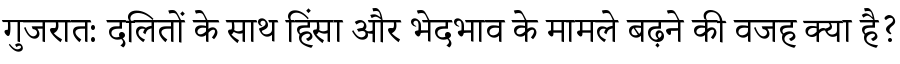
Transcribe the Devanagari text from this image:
गुजरात: दलितों के साथ हिंसा और भेदभाव के मामले बढ़ने की वजह क्या है?